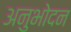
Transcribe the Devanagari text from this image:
अनुभोदन